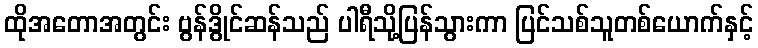
ထိုအတောအတွင်း ဗွန်ဒွိုင်ဆန်သည် ပါရီသို့ပြန်သွားကာ ပြင်သစ်သူတစ်ယောက်နှင့်